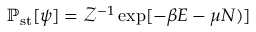
\mathbb { P } _ { \mathrm { s t } } [ \psi ] = \mathcal { Z } ^ { - 1 } \exp [ { - \beta E - \mu N ) } ]